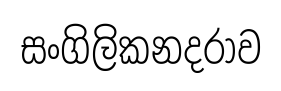
සංගිලිකනදරාව